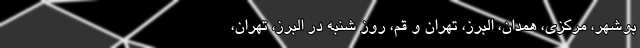
بوشهر، مرکزی، همدان، البرز، تهران و قم، روز شنبه در البرز، تهران،